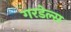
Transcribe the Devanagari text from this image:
गरडेल्स